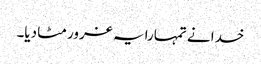
خدا نے تمہارا یہ غرور مٹا دیا۔